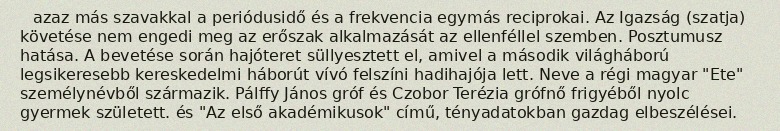
azaz más szavakkal a periódusidő és a frekvencia egymás reciprokai. Az Igazság (szatja) követése nem engedi meg az erőszak alkalmazását az ellenféllel szemben. Posztumusz hatása. A bevetése során hajóteret süllyesztett el, amivel a második világháború legsikeresebb kereskedelmi háborút vívó felszíni hadihajója lett. Neve a régi magyar "Ete" személynévből származik. Pálffy János gróf és Czobor Terézia grófnő frigyéből nyolc gyermek született. és "Az első akadémikusok" című, tényadatokban gazdag elbeszélései.